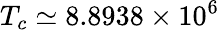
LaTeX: T_{c}\simeq 8.8938\times 10^{6}